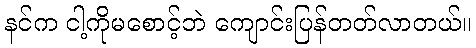
နင်က ငါ့ကိုမစောင့်ဘဲ ကျောင်းပြန်တတ်လာတယ်။